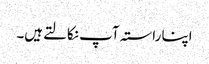
اپنا راستہ آپ نکالتےہیں۔